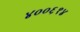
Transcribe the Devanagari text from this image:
४००६१४